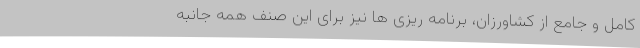
کامل و جامع از کشاورزان، برنامه ریزی ها نیز برای این صنف همه جانبه